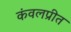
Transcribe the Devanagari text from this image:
कंवलप्रीत